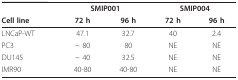
<table><thead><tr><td></td><td colspan="2"><b>SMIP001</b></td><td colspan="2"><b>SMIP004</b></td></tr><tr><td><b>Cell line</b></td><td><b>72 h</b></td><td><b>96 h</b></td><td><b>72 h</b></td><td><b>96 h</b></td></tr></thead><tbody><tr><td>LNCaP-WT</td><td>47.1</td><td>32.7</td><td>40</td><td>2.4</td></tr><tr><td>PC3</td><td>~ 80</td><td>80</td><td>NE</td><td>NE</td></tr><tr><td>DU145</td><td>~ 40</td><td>32.5</td><td>NE</td><td>NE</td></tr><tr><td>IMR90</td><td>40-80</td><td>40-80</td><td>NE</td><td>NE</td></tr></tbody></table>